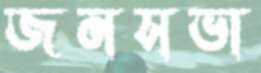
জনসভা